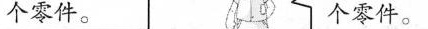
个零件。 个零件。